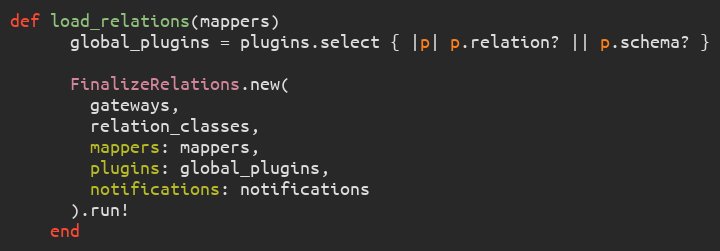
Language: Ruby
def load_relations(mappers)
      global_plugins = plugins.select { |p| p.relation? || p.schema? }

      FinalizeRelations.new(
        gateways,
        relation_classes,
        mappers: mappers,
        plugins: global_plugins,
        notifications: notifications
      ).run!
    end